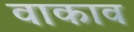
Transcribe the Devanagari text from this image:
वाकाव